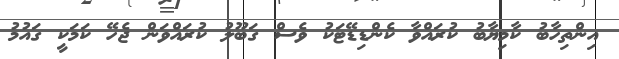
އިންތިހާބު ކާމިޔާބު ކުރައްވާ ކެންޑިޑޭޓަކު ވެސް ގަބޫލު ކުރައްވަން ޖެހޭ ކަމަަކީ ގައުމު